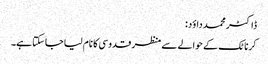
ڈاکٹر محمد داؤد:
کرناٹک کے حوالے سے منظر قدوسی کا نام لیا جاسکتا ہے۔